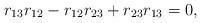
LaTeX: \begin{align*}r_{13}r_{12}-r_{12}r_{23}+r_{23}r_{13} = 0,\end{align*}